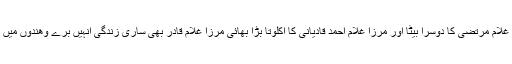
جب کہ مرزا غلام مرتضیٰ کا دوسرا بیٹا اور مرزا غلام احمد قادیانی کا اکلوتا بڑا بھائی مرزا غلام قادر بھی ساری زندگی انہیں برے وھندوں میں مصروف رہا۔